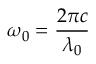
\omega _ { 0 } = \frac { 2 \pi c } { \lambda _ { 0 } }